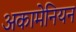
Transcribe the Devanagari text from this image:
अकामेनियन